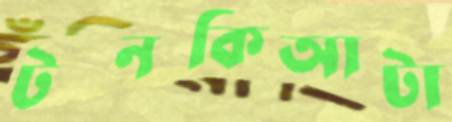
টনকিআটা